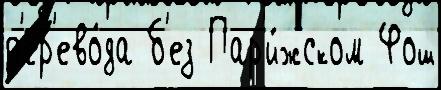
п'ер'ево́да б'ез Пар'и́жском Фош